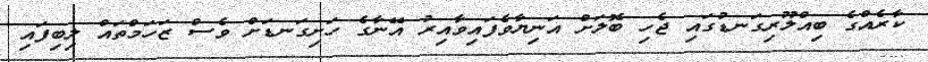
ކާރެއްގެ ބިއްލޫރިގަނޑުގައި ޖެހި ބޮލަށް އަނިޔާވެފައިވާއިރު އޭނާގެ ހަށިގަނޑަށް ވެސް ޒަހަމްތައް ލިބިފައި